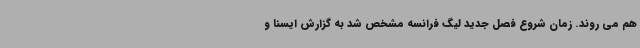
هم می روند. زمان شروع فصل جدید لیگ فرانسه مشخص شد به گزارش ایسنا و